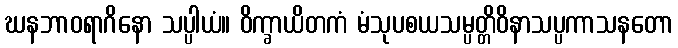
ဃနဘာဝရာဂိနော သပ္ပါယံ။ ဝိက္ခာယိတကံ မံသုပစယသမ္ပတ္တိဝိနာသပ္ပကာသနတော